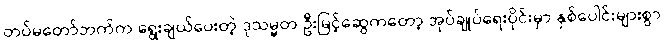
တပ်မတော်ဘက်က ရွေးချယ်ပေးတဲ့ ဒုသမ္မတ ဦးမြင့်ဆွေကတော့ အုပ်ချုပ်ရေးပိုင်းမှာ နှစ်ပေါင်းများစွာ